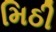
મિઠી